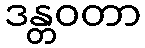
ဒန္တဝတာ